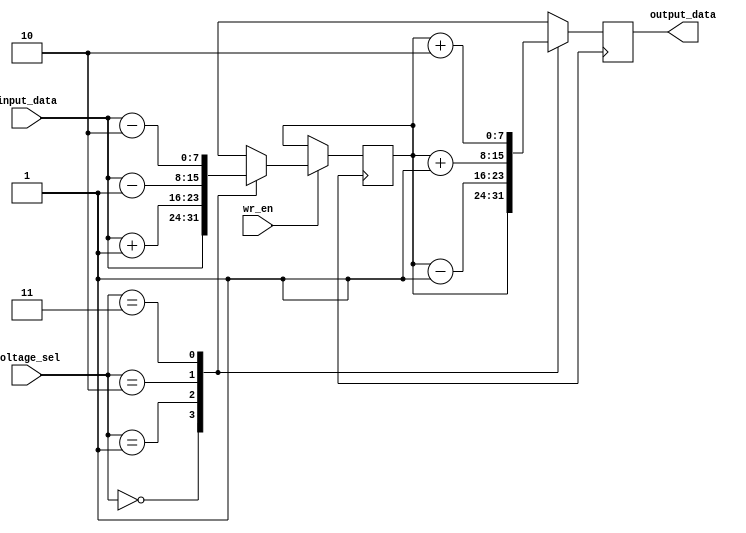
module IO_Voltage_Level_Shifter (
    input wire [7:0] input_data,
    input wire wr_en,
    input wire [1:0] voltage_sel,
    output reg [7:0] output_data
);

reg [7:0] input_reg;
reg [7:0] output_reg;

always @(posedge clk) begin
    if (wr_en) begin
        case (voltage_sel)
            2'b00: input_reg <= input_data; // input voltage level = 1.2V
            2'b01: input_reg <= input_data + 1; // input voltage level = 1.8V
            2'b10: input_reg <= input_data - 1; // input voltage level = 2.5V
            2'b11: input_reg <= input_data - 2; // input voltage level = 3.3V
        endcase
    end
end

always @(posedge clk) begin
    case (voltage_sel)
        2'b00: output_reg <= input_reg; // output voltage level = 1.2V
        2'b01: output_reg <= input_reg - 1; // output voltage level = 1.8V
        2'b10: output_reg <= input_reg + 1; // output voltage level = 2.5V
        2'b11: output_reg <= input_reg + 2; // output voltage level = 3.3V
    endcase
end

assign output_data = output_reg;

endmodule